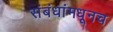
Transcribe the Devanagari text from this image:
संबंधांमधूनच